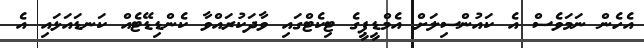
އެހެން ނަމަވެސް އެ ކައުންސިލަށް އެމްޑީޕީގެ ޓިކެޓްގައި ވާދަކުރައްވާ ކެންޑިޑޭޓެއް ކަނޑައަޅައި އެ